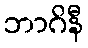
ဘာဂိနီ